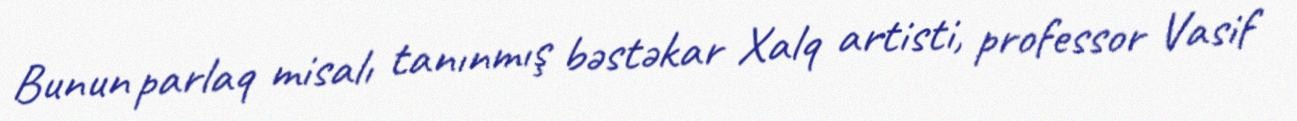
Bunun parlaq misalı tanınmış bəstəkar Xalq artisti, professor Vasif